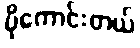
ပိုကောင်းတယ်